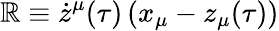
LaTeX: \mathbb{R}\equiv\dot{{z}}^{\mu}(\tau)\, (x_{\mu}-z_{\mu}(\tau))